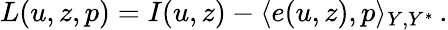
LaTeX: L(u,z,p)=I(u,z)-\langle e(u,z),p\rangle_{Y,Y^{*}}\, .